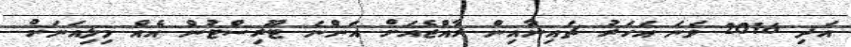
އަދި 2016 ވަނަ އަހަރު ޗައިނާއިން ރާއްޖެއަށް އަންނަ ޓޫރިސްޓުން އެއް މިލިއަނަށް